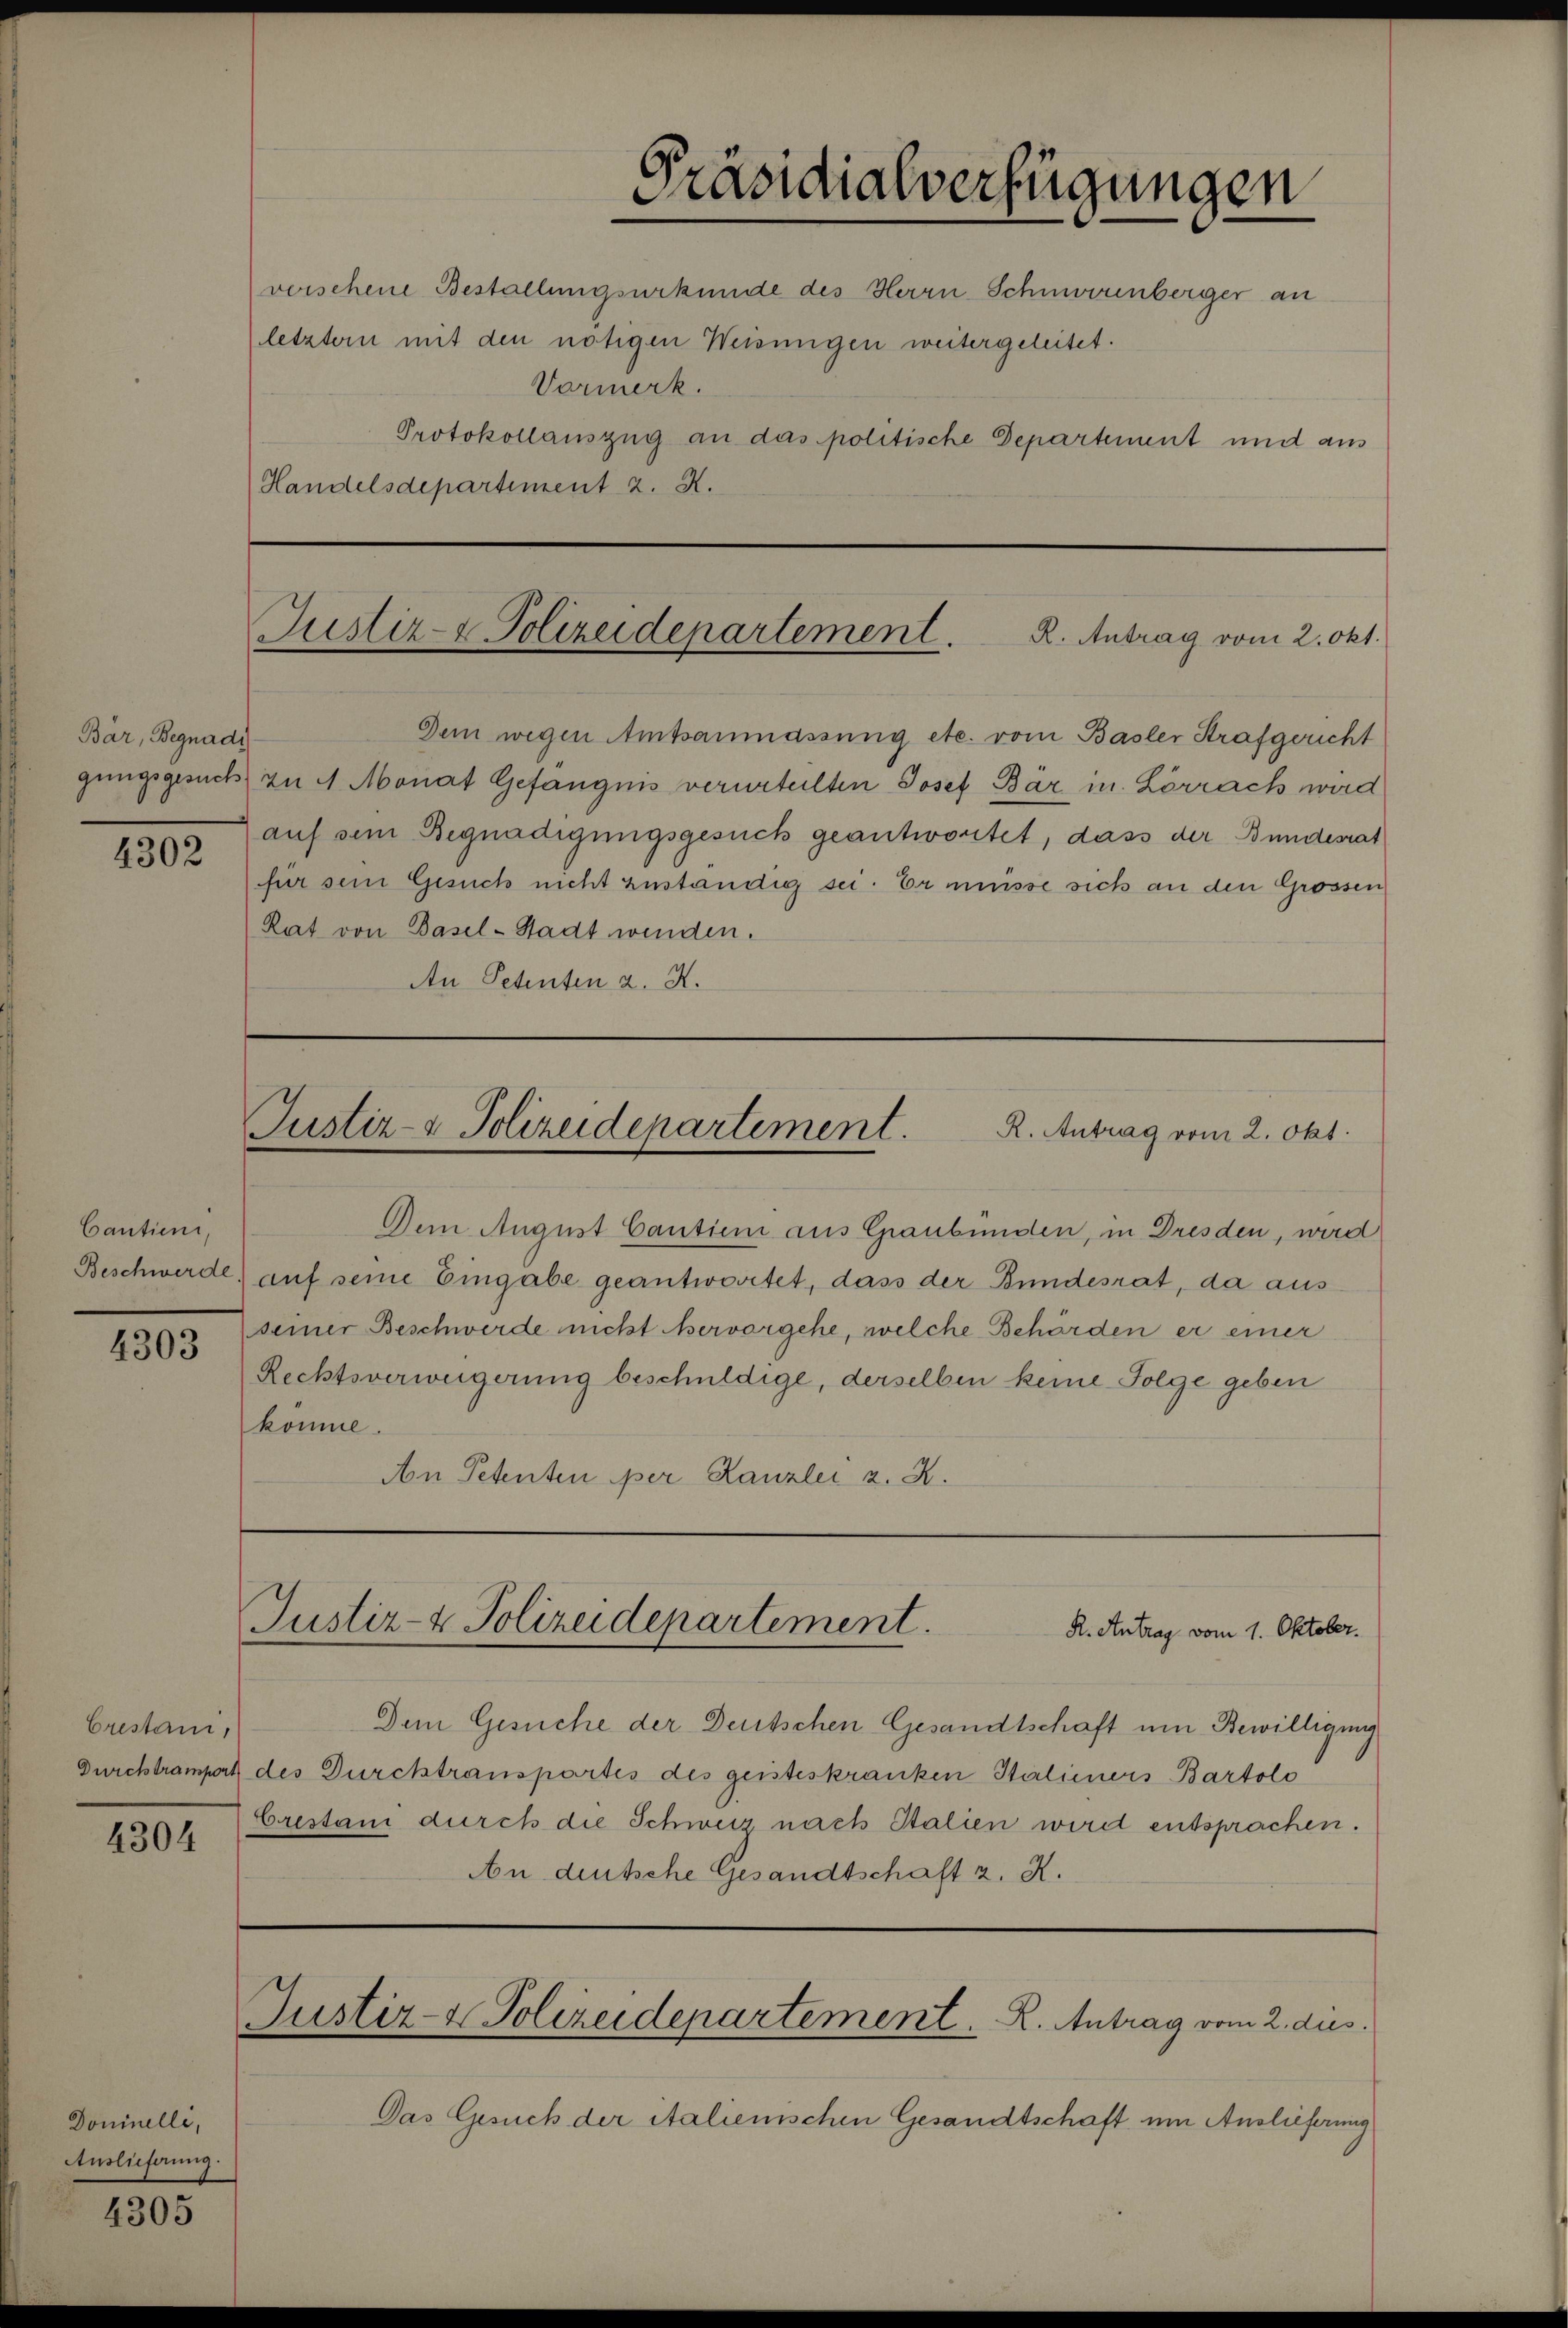
Bär, Begnadi
4302

Cantien,
Beschwerde.
4303

Crestani,
4304

Dominelli,
Auslieferung.

4305

Präsidialverfügungen
Vormerk.
Protokollauszug an das politische Departement und aus
Handelsdepartiment 2. X.

vorschene Bestallungsurkunde des Herrn Schmorenberger an
letzter mit den nötigen Weisungen weitergeleitet.

Justiz- & Polizeidepartement. R. Antrag vom 2. Okt.

Dem wegen Amtsanmassung etc. vom Basler Strafgericht
gungsgesuch zu 4 Monat Gefängnis verurteilten Josef Bär in Lörrach wird
auf sei Begnadigungsgesuch geantwortet, dass der Bundesrat
für sein Gesuch nicht zuständig sei. Er müsse sich an den Grossen
Rat von Basel-Stadt wenden.
An Petenten a. A.

Justiz- & Polizeidepartement.
R. Antrag vom 2. Okt.

Dem August Caution aus Graubünden, in Dresden, wird
auf seine Eingabe geantwortet, dass der Bundesrat, da aus
seiner Beschwerde nicht servorgehe, welche Behörden er einer
Rechtsverweigerung beschuldige, derselben keine Folge geben
komme.
An Petenten per Kanzlei z. B.

Justiz- & Polizeidepartement.
R. Antrag vom 1. Oktober.

Dem Gesuche der Deutschen Gesandtschaft um Bewilligung
Durchtrampert des Durchtranspartes des geisteskranken Stalieners Bartolo
Crestanz durch die Schweiz nach Italien wird entsprachen.
An deutsche Gesandtschaft z. R.

Justiz- & Polizeidepartement. R. Antrag vom 2. dies

Das Gesuch der Italienischen Gesandtschaft um Auslieferung